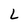
Character: L